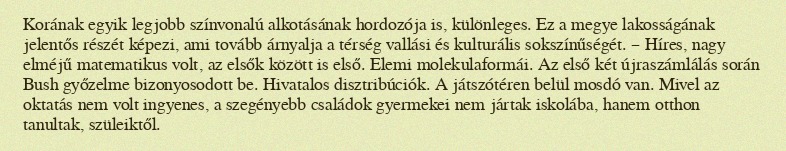
Korának egyik legjobb színvonalú alkotásának hordozója is, különleges. Ez a megye lakosságának jelentős részét képezi, ami tovább árnyalja a térség vallási és kulturális sokszínűségét. – Híres, nagy elméjű matematikus volt, az elsők között is első. Elemi molekulaformái. Az első két újraszámlálás során Bush győzelme bizonyosodott be. Hivatalos disztribúciók. A játszótéren belül mosdó van. Mivel az oktatás nem volt ingyenes, a szegényebb családok gyermekei nem jártak iskolába, hanem otthon tanultak, szüleiktől.